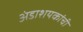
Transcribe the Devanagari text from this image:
अंडाशयकांची